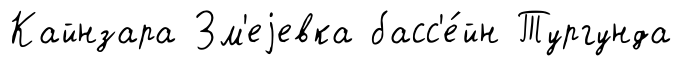
Кайнзара Зм'еjевка басс'е́йн Тургунда